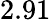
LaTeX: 2.91